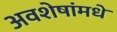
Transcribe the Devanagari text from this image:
अवशेषांमधे